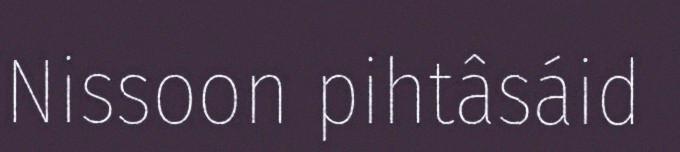
Nissoon pihtâsáid